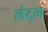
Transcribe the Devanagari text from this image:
लंट्न